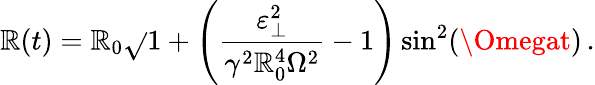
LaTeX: \mathbb{R}(t)=\mathbb{R}_{0}\sqrt{}{{1+\left(\frac{{\varepsilon_{\perp}^{2}}}{{\gamma^{2}\mathbb{R}_{0}^{4}\Omega^{2}}}-1\right)\sin^{2}(\Omegat)}}\, .